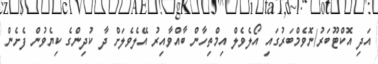
އަދި އޮކްޓޫބަރު/ނޮވެމްބަރުގައި އޯލެވެލް އިމްތިހާން ބާއްވާއިރު އޭލެވެލަށް ދާ ކުދިންގެ ކިޔެވުން ފެށެން